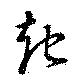
起